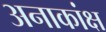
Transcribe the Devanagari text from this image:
अनाकांक्ष